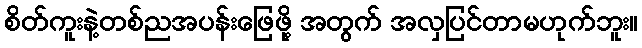
စိတ်ကူးနဲ့တစ်ညအပန်းဖြေဖို့ အတွက် အလှပြင်တာမဟုက်ဘူး။